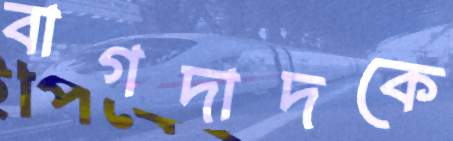
বাগদাদকে